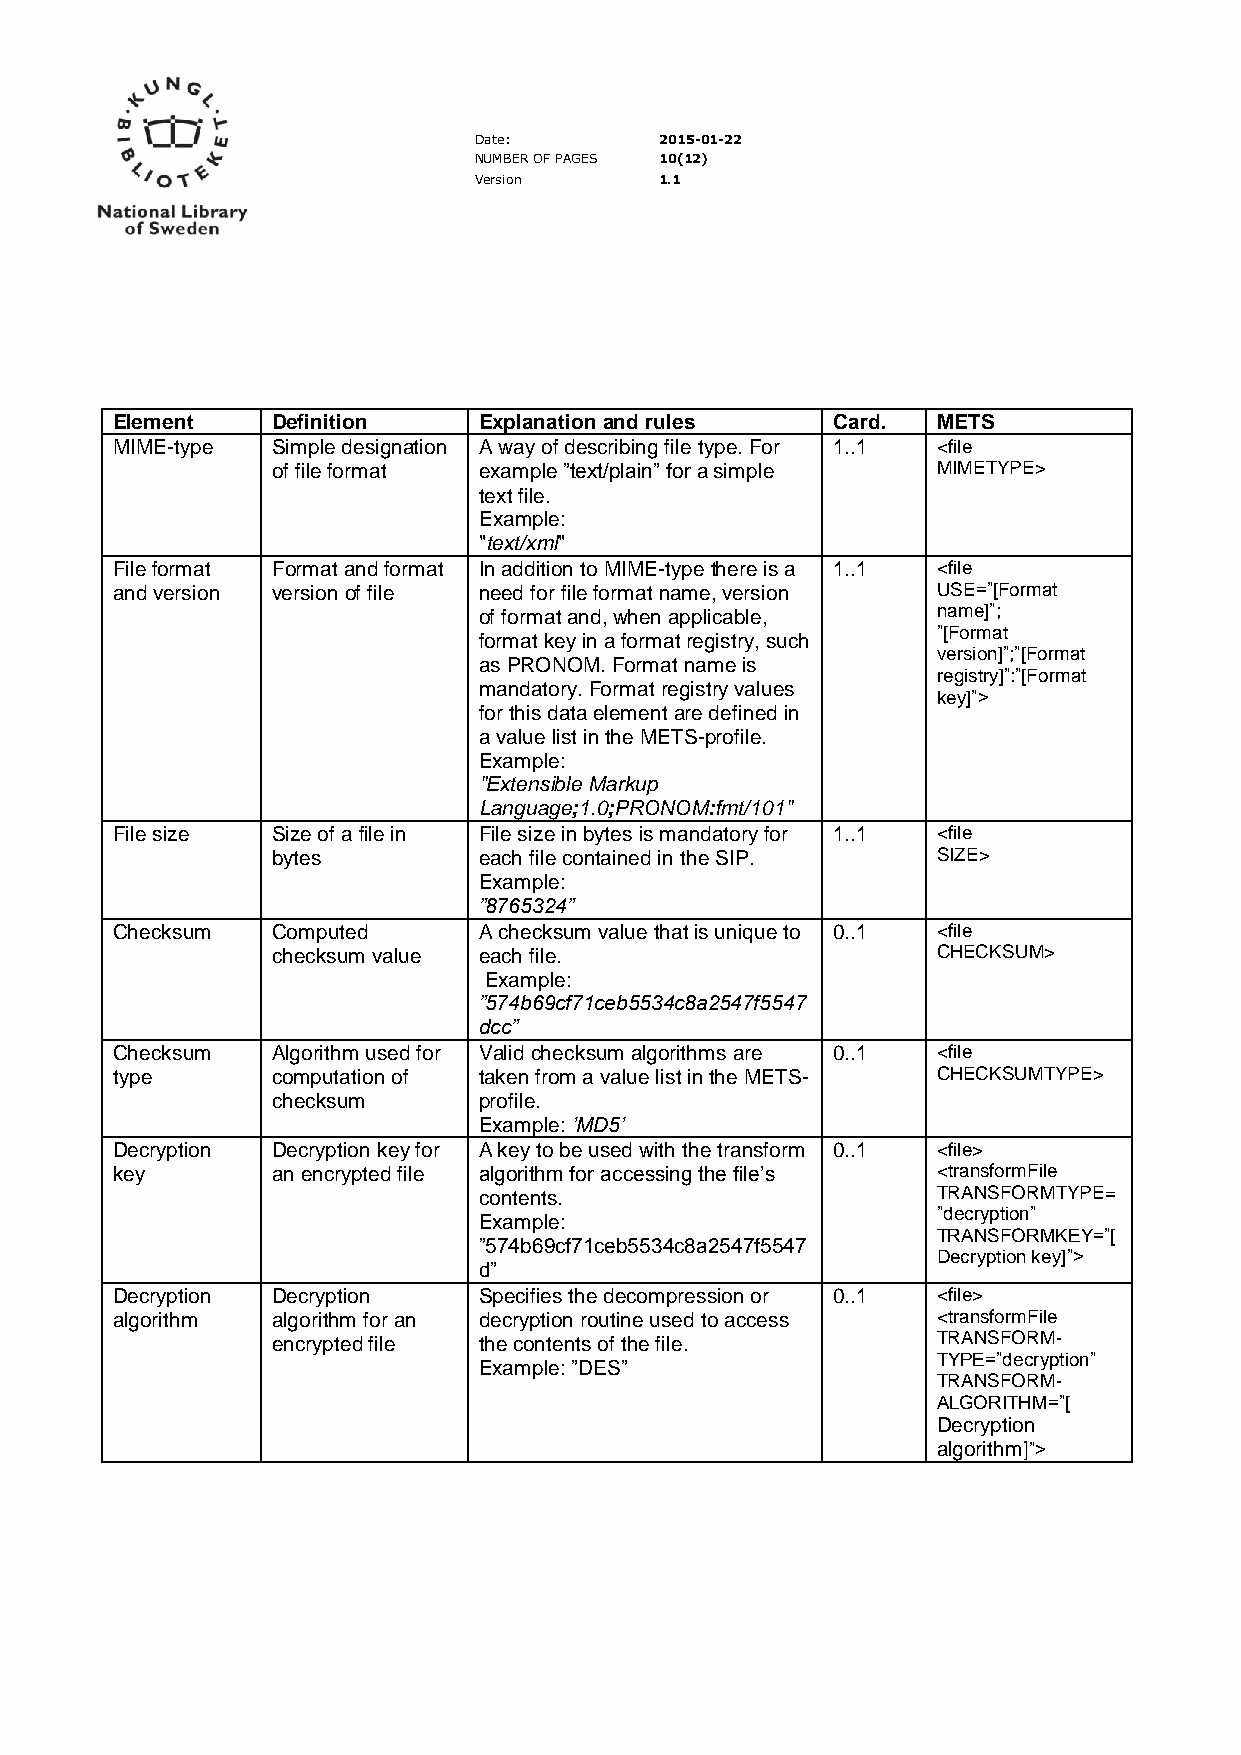
Date:        2015-01-22
 NUMBER OF PAGES 10(12)
 Version      1.1
 Element    Definition    Explanation and rules  Card.  METS
 MIME-type  Simple designation A way of describing file type. For 1..1 <file
 of file format example ”text/plain” for a simple MIMETYPE>
 text file.
 Example:
 "text/xml"
 File format Format and format In addition to MIME-type there is a 1..1 <file
 and version version of file need for file format name, version USE=”[Format
 of format and, when applicable, name]”;
 ”[Format
 format key in a format registry, such
 version]”;”[Format
 as PRONOM. Format name is
 registry]”:”[Format
 mandatory. Format registry values
 key]”>
 for this data element are defined in
 a value list in the METS-profile.
 Example:
 "Extensible Markup
 Language;1.0;PRONOM:fmt/101"
 File size  Size of a file in File size in bytes is mandatory for 1..1 <file
 bytes         each file contained in the SIP. SIZE>
 Example:
 ”8765324”
 Checksum   Computed      A checksum value that is unique to 0..1 <file
 checksum value each file.                   CHECKSUM>
 Example:
 ”574b69cf71ceb5534c8a2547f5547
 dcc”
 Checksum   Algorithm used for Valid checksum algorithms are 0..1 <file
 type       computation of taken from a value list in the METS- CHECKSUMTYPE>
 checksum      profile.
 Example: ’MD5’
 Decryption Decryption key for A key to be used with the transform 0..1 <file>
 key        an encrypted file algorithm for accessing the file’s <transformFile
 contents.                     TRANSFORMTYPE=
 ”decryption”
 Example:
 TRANSFORMKEY=”[
 ”574b69cf71ceb5534c8a2547f5547
 Decryption key]”>
 d”
 Decryption Decryption    Specifies the decompression or 0..1 <file>
 algorithm  algorithm for an decryption routine used to access <transformFile
 encrypted file the contents of the file.    TRANSFORM-
 TYPE=”decryption”
 Example: ”DES”
 TRANSFORM-
 ALGORITHM=”[
 Decryption
 algorithm]”>